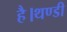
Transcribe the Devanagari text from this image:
है।थण्डी